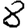
Digit: 8